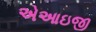
એઆઇજી